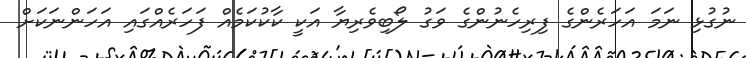
ނުގުޅި ނަމަ އަހަރެންގެ ފިރިހެނުންގެ ވަގު ލޯބިވެރިޔާ އަކީ ކާކުކަމެއް ފަހަރެއްގައި އަހަންނަކަށް